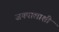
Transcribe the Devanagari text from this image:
जयपालाशी